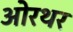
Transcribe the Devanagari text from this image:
ओरथर